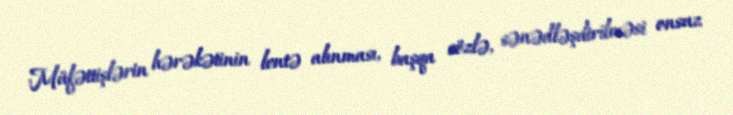
Müfəttişlərin hərəkətinin lentə alınması, başqa sözlə, sənədləşdirilməsi onsuz